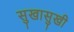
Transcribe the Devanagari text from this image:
सुखासुखी